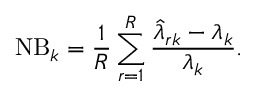
\mathrm { N B } _ { k } = \frac { 1 } { R } \sum _ { r = 1 } ^ { R } \frac { \hat { { \lambda } } _ { r k } - { { \lambda } _ { k } } } { { { \lambda } _ { k } } } .